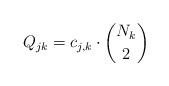
LaTeX: \begin{align*} Q_{jk}=c_{j,k}\cdot{N_k\choose2} \end{align*}